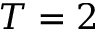
T = 2